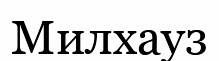
Милхауз